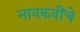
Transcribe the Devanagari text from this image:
भावकवींचे